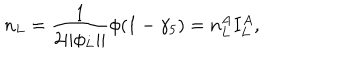
LaTeX: n _ { L } = \frac 1 { 2 | | \phi _ { L } | | } \phi ( 1 - \gamma _ { 5 } ) = n _ { L } ^ { A } I _ { L } ^ { A } ,